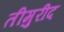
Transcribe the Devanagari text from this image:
तीमुरीद